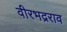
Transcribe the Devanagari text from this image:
वीरभद्रराव